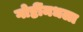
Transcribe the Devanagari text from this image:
गोष्टींमधला